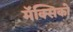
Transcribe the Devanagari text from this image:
मॅक्सिको